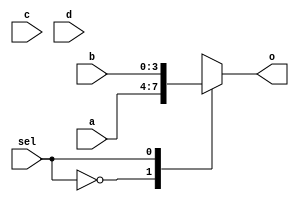
`timescale 1ns / 1ps
//////////////////////////////////////////////////////////////////////////////////
// Company: 
// Engineer: 
// 
// Design Name: 
// Module Name: source
// Project Name: 
// Target Devices: 
// Tool Versions: 
// Description: 
// 
// Dependencies: 
// 
// Revision:
// Revision 0.01 - File Created
// Additional Comments:
// 
//////////////////////////////////////////////////////////////////////////////////


module lab05(
input [3:0] a, b, c, d,
input sel,
output reg [3:0] o);

always @(*)
begin
    case(sel)
        2'b00: o = a;
        2'b01: o = b;
        2'b10: o = c;
        2'b11: o = d;
        default: o = 4'h0;//
    endcase
end
endmodule